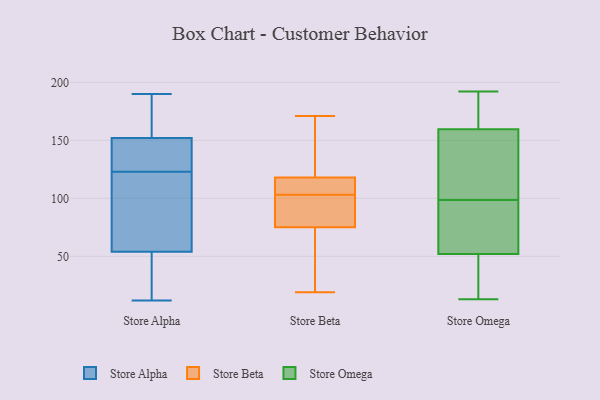
{"axis": {"x": "Customer Acquisition Cost (USD)", "y": "Value"}, "legend": ["Store Alpha", "Store Beta", "Store Omega"], "data": [{"x": "", "y": 128, "type": "Store Alpha"}, {"x": "", "y": 166, "type": "Store Alpha"}, {"x": "", "y": 147, "type": "Store Alpha"}, {"x": "", "y": 190, "type": "Store Alpha"}, {"x": "", "y": 85, "type": "Store Alpha"}, {"x": "", "y": 183, "type": "Store Alpha"}, {"x": "", "y": 124, "type": "Store Alpha"}, {"x": "", "y": 20, "type": "Store Alpha"}, {"x": "", "y": 12, "type": "Store Alpha"}, {"x": "", "y": 79, "type": "Store Alpha"}, {"x": "", "y": 135, "type": "Store Alpha"}, {"x": "", "y": 152, "type": "Store Alpha"}, {"x": "", "y": 190, "type": "Store Alpha"}, {"x": "", "y": 32, "type": "Store Alpha"}, {"x": "", "y": 54, "type": "Store Alpha"}, {"x": "", "y": 122, "type": "Store Alpha"}, {"x": "", "y": 41, "type": "Store Alpha"}, {"x": "", "y": 76, "type": "Store Alpha"}, {"x": "", "y": 75, "type": "Store Beta"}, {"x": "", "y": 90, "type": "Store Beta"}, {"x": "", "y": 85, "type": "Store Beta"}, {"x": "", "y": 162, "type": "Store Beta"}, {"x": "", "y": 103, "type": "Store Beta"}, {"x": "", "y": 103, "type": "Store Beta"}, {"x": "", "y": 145, "type": "Store Beta"}, {"x": "", "y": 171, "type": "Store Beta"}, {"x": "", "y": 113, "type": "Store Beta"}, {"x": "", "y": 73, "type": "Store Beta"}, {"x": "", "y": 118, "type": "Store Beta"}, {"x": "", "y": 55, "type": "Store Beta"}, {"x": "", "y": 107, "type": "Store Beta"}, {"x": "", "y": 19, "type": "Store Beta"}, {"x": "", "y": 181, "type": "Store Omega"}, {"x": "", "y": 94, "type": "Store Omega"}, {"x": "", "y": 20, "type": "Store Omega"}, {"x": "", "y": 165, "type": "Store Omega"}, {"x": "", "y": 110, "type": "Store Omega"}, {"x": "", "y": 87, "type": "Store Omega"}, {"x": "", "y": 94, "type": "Store Omega"}, {"x": "", "y": 29, "type": "Store Omega"}, {"x": "", "y": 192, "type": "Store Omega"}, {"x": "", "y": 115, "type": "Store Omega"}, {"x": "", "y": 103, "type": "Store Omega"}, {"x": "", "y": 13, "type": "Store Omega"}, {"x": "", "y": 57, "type": "Store Omega"}, {"x": "", "y": 189, "type": "Store Omega"}, {"x": "", "y": 154, "type": "Store Omega"}, {"x": "", "y": 47, "type": "Store Omega"}]}